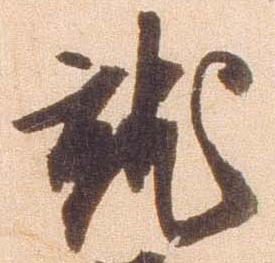
就